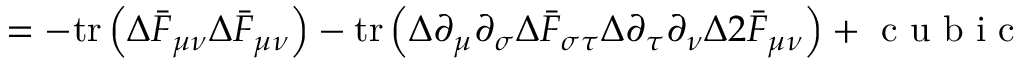
= - \mathrm { t r } \left( \Delta \bar { F } _ { \mu \nu } \Delta \bar { F } _ { \mu \nu } \right) - \mathrm { t r } \left( \Delta \partial _ { \mu } \partial _ { \sigma } \Delta \bar { F } _ { \sigma \tau } \Delta \partial _ { \tau } \partial _ { \nu } \Delta 2 \bar { F } _ { \mu \nu } \right) + \textrm { c u b i c }